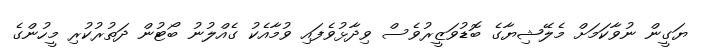
ޔަގީން ނުވާކަމަށް މެލޭޝިޔާގެ ބޮޑުވަޒީރުވެސް ވިދާޅުވެފައި ވުމާއެކު ގެއްލުނު ބޯޓުން ދަތުރުކުރި މީހުންގެ